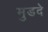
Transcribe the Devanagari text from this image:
मुडदे